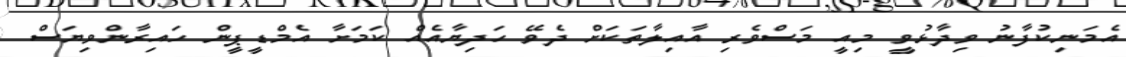
އެމަނިކުފާނު ވިދާޅުވީ މިއީ މަސްވެރި އާއިލާތަކަށް ދެވޭ ހަދިޔާއެއް ކަމަށާ އެމްޑީޕީން ހައިރާންވިޔަސް